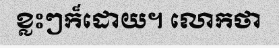
ខ្លះៗក៏ដោយ។ លោកថា